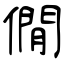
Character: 僩